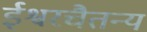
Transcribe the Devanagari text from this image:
ईश्वरचैतन्य